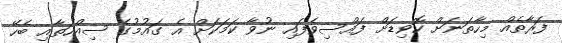
ފަރާތެއް މިހާތަނަށް ކޮވިޑަށް ފައްސިވެފައި ނުވާ ކަމަކަށް އެ ގައުމުގެ ސިއްހަތާއި ބެހޭ